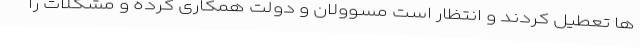
ها تعطیل کردند و انتظار است مسوولان و دولت همکاری کرده و مشکلات را